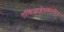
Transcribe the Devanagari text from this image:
एलिज़ाबेथकालीन